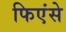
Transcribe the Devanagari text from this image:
फिएंसे